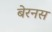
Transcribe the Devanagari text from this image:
बेरनस